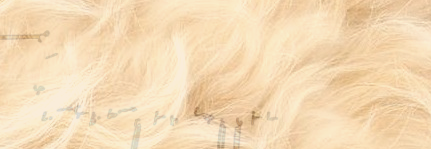
للحصول على أفضل أنواع الق